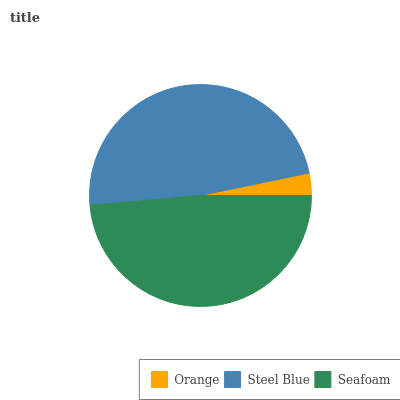
| Orange | Steel Blue | Seafoam |
 | --- | --- | --- |
 | 3.25% | 48.1% | 48.7% |